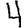
Digit: 4